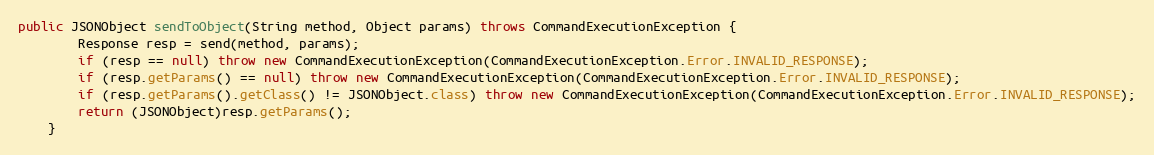
Language: Java
public JSONObject sendToObject(String method, Object params) throws CommandExecutionException {
        Response resp = send(method, params);
        if (resp == null) throw new CommandExecutionException(CommandExecutionException.Error.INVALID_RESPONSE);
        if (resp.getParams() == null) throw new CommandExecutionException(CommandExecutionException.Error.INVALID_RESPONSE);
        if (resp.getParams().getClass() != JSONObject.class) throw new CommandExecutionException(CommandExecutionException.Error.INVALID_RESPONSE);
        return (JSONObject)resp.getParams();
    }